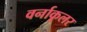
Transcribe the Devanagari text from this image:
वर्नाकूलर